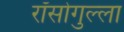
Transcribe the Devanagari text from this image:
रॉसोगुल्ला